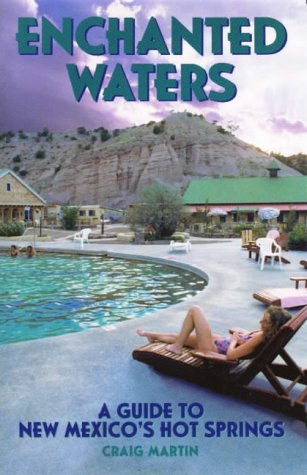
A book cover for Enchanted Waters: A Guide to New Mexico's Hot Springs (The Pruett Series); Craig Martin; Travel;